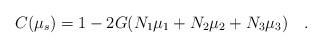
LaTeX: \begin{align*}C(\mu_s)=1-2G(N_1\mu_1+N_2\mu_2+N_3\mu_3)~~~.\end{align*}